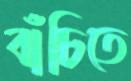
বাঁচিতে